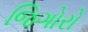
જિગોરો